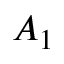
A _ { 1 }